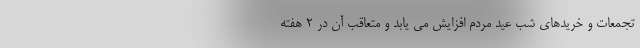
تجمعات و خریدهای شب عید مردم افزایش می یابد و متعاقب آن در 2 هفته